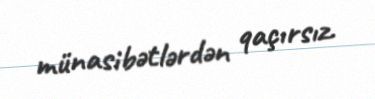
münasibətlərdən qaçırsız.